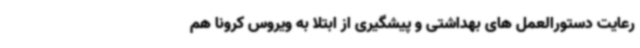
رعایت دستورالعمل های بهداشتی و پیشگیری از ابتلا به ویروس کرونا هم